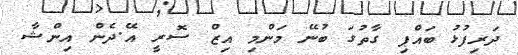
ދަރިފުޅު ބައްޕި ގާތުގަ ބުނޭ މަންމި އިޒް ސޮރީ އޭ.ދެން އިންޝާ